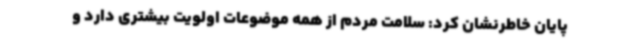
پایان خاطرنشان کرد: سلامت مردم از همه موضوعات اولویت بیشتری دارد و